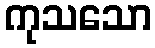
ကုသသော